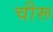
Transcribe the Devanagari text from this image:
चीरू